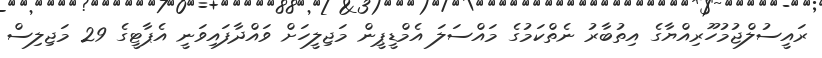
ރައީސުލްޖުމުހޫރިއްޔާގެ އިތުބާރު ނެތްކަމުގެ މައްސަލަ އެމްޑީޕީން މަޖިލީހަށް ވައްދާފައިވަނީ އެޕާޓީގެ 29 މަޖިލިސް